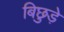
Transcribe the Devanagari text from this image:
बिछुड़े